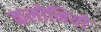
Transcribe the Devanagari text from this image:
कलोनियो